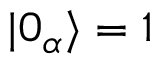
| 0 _ { \alpha } \rangle = 1